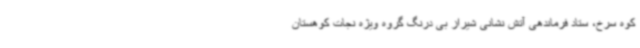
کوه سرخ، ستاد فرماندهی آتش نشانی شیراز بی درنگ گروه ویژه نجات کوهستان